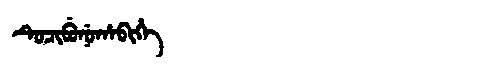
Manchu: ᡨᡠᠴᡳᠪᡠᠨᡠᡥᠠᠪᡳᡥᡝ
Romanization: TUCIBUNUHABIHE